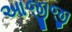
આજીજી